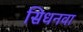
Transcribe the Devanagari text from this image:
सिधनवा